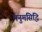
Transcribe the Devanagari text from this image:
मनुमसिद्धि